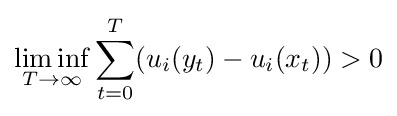
\liminf _{T\to \infty }\sum _{t=0}^{T}(u_{i}(y_{t})-u_{i}(x_{t}))>0